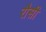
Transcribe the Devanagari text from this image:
रौसी